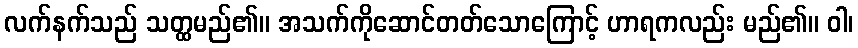
လက်နက်သည် သတ္ထမည်၏။ အသက်ကိုဆောင်တတ်သောကြောင့် ဟာရကလည်း မည်၏။ ဝါ၊